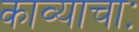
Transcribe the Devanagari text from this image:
काव्याचाः